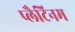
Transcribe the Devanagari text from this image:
प्लैटिनम